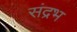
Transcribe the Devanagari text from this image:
संद्रभ